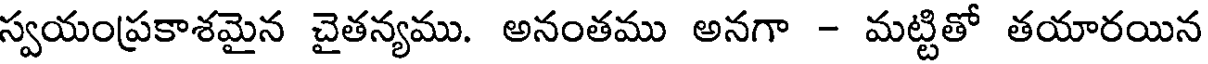
స్వయంప్రకాశమైన చైతన్యము. అనంతము అనగా - మట్టితో తయారయిన